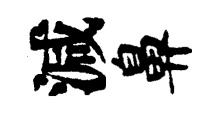
減鼻